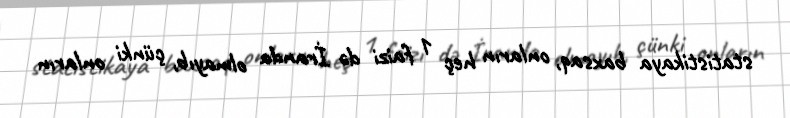
statistikaya baxsaq, onların heç 1 faizi də İranda olmayıb, çünki onların